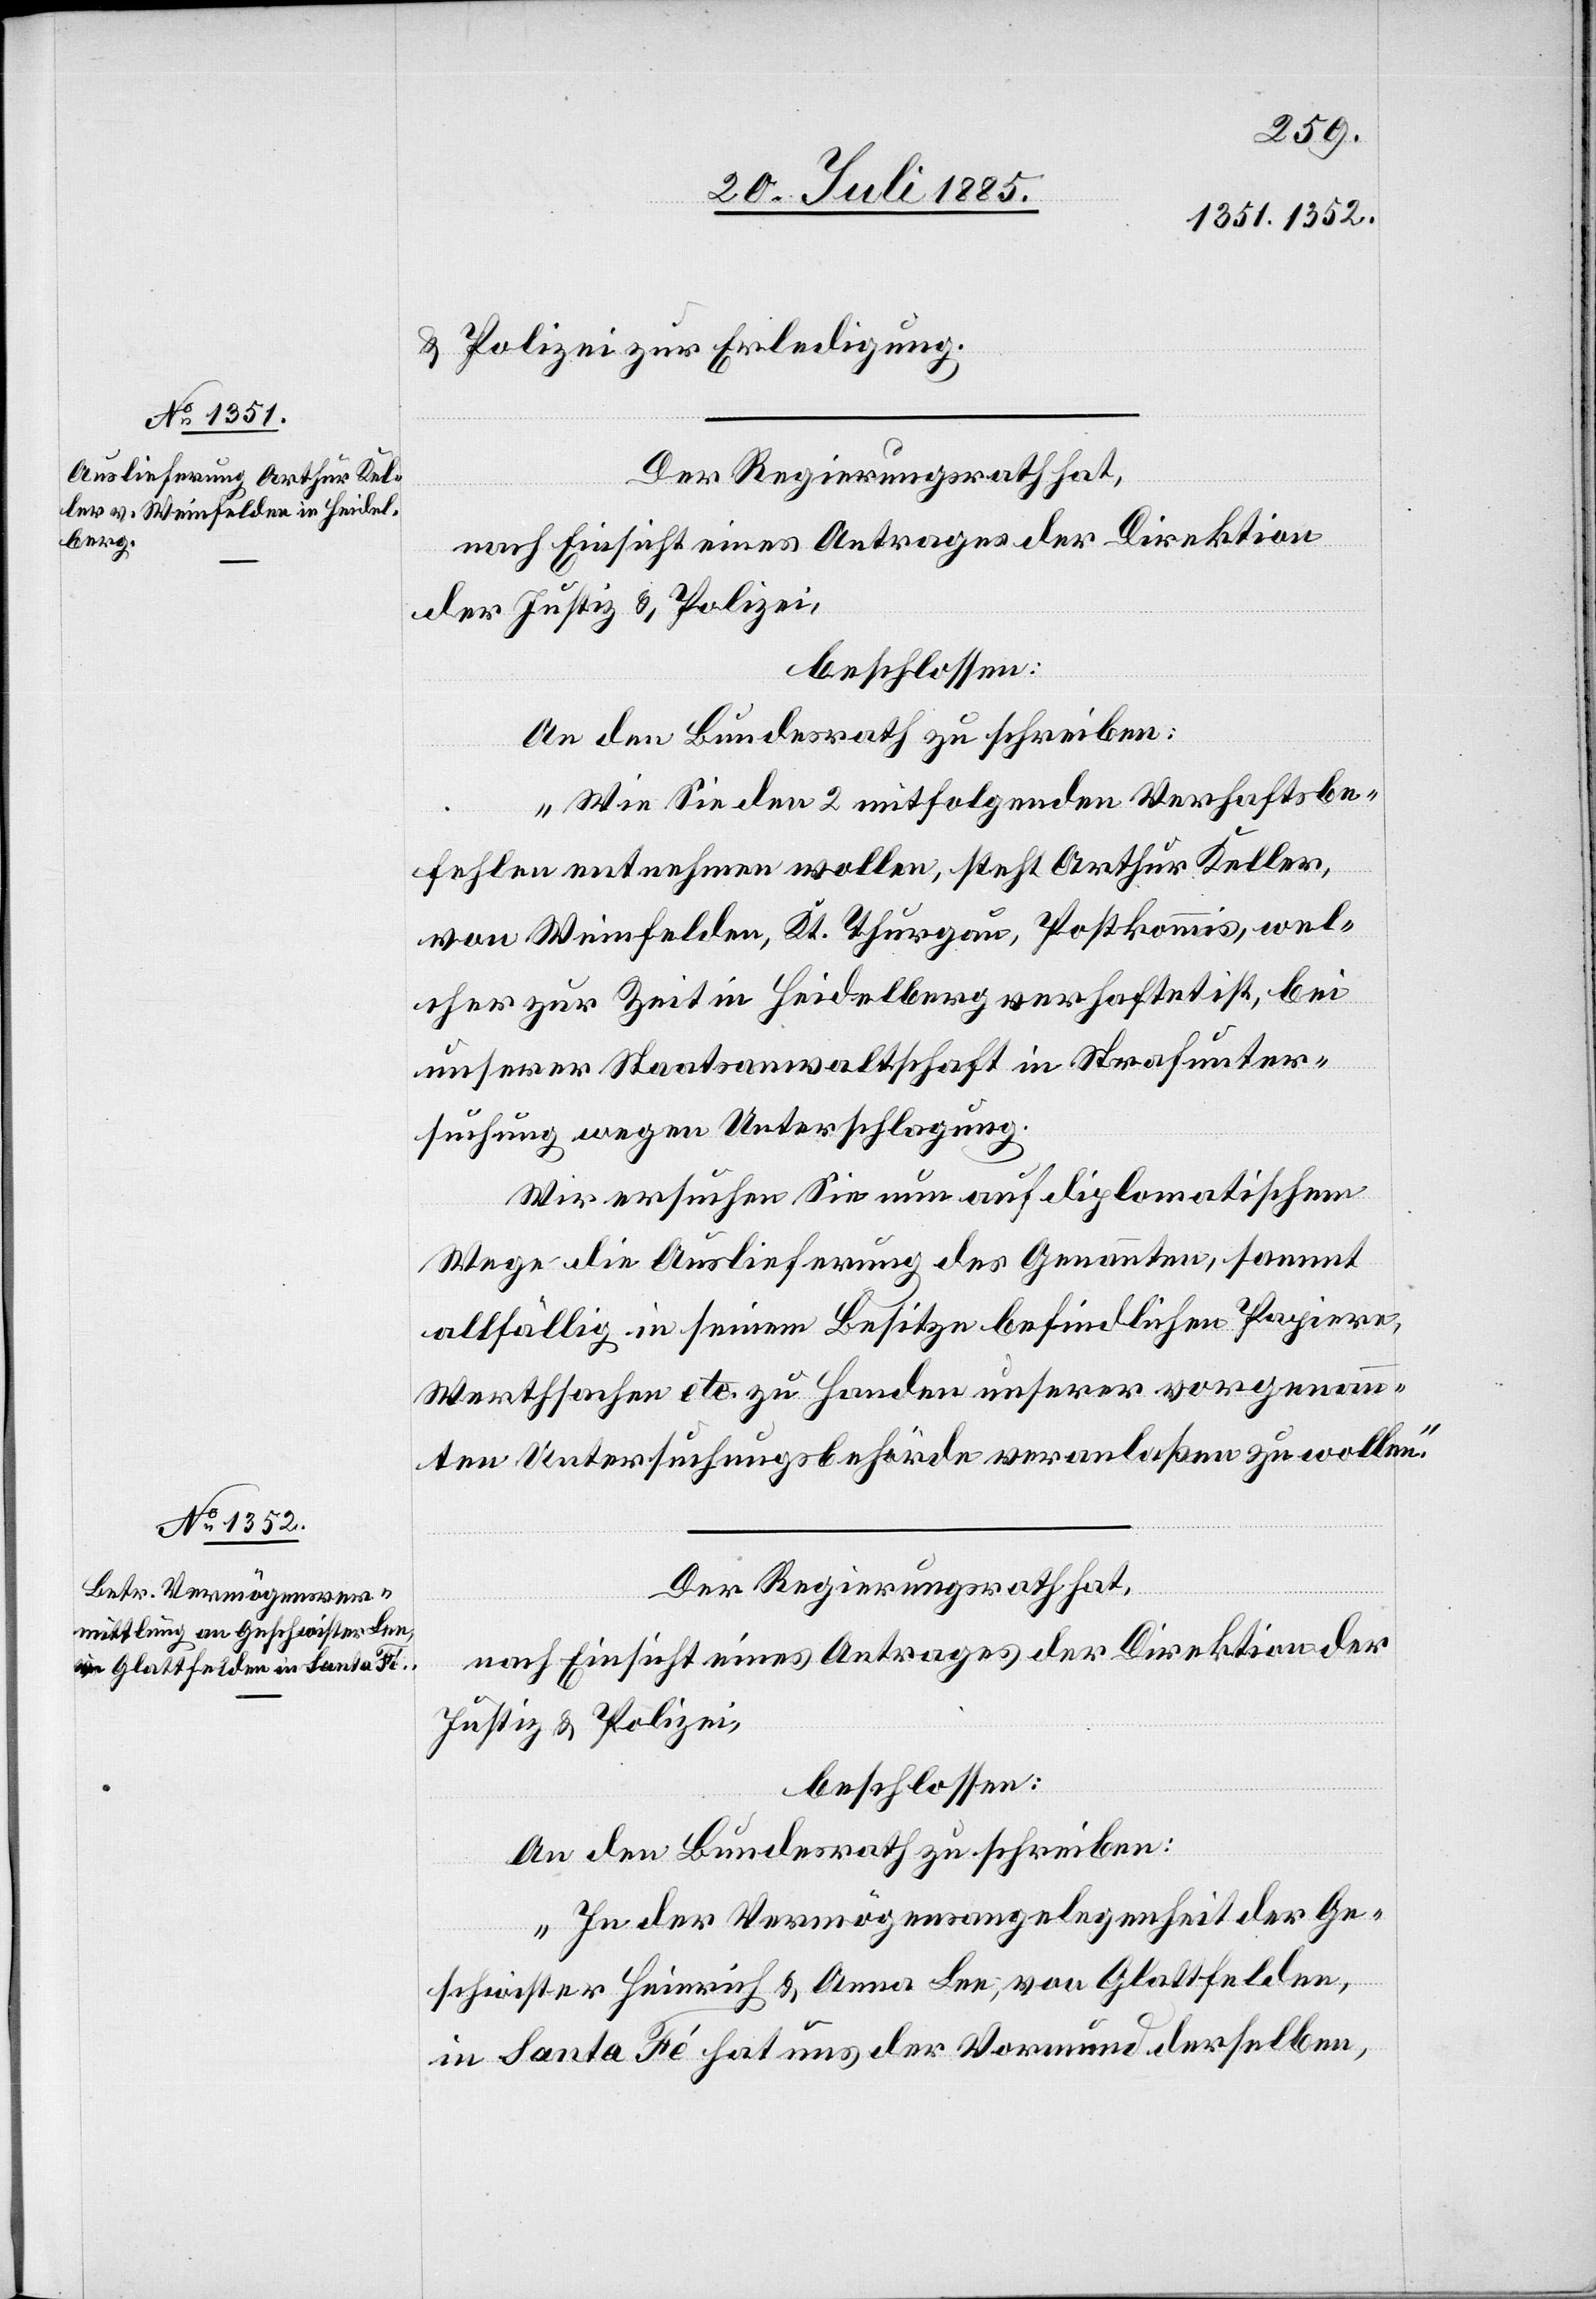
22. Juli 1885.]
& Polizei zur Erledigung.
Der Regierungsrath hat,
nach Einsicht eines Antrages der Direktion
der Justiz & Polizei,
beschlossen:
An den Bundesrath zu schreiben:
„Wie Sie den 2 mitfolgenden Verhaftsbe¬
fehlen entnehmen wollen, steht Arthur Keller,
von Weinfelden, Kt. Thurgau, Postkommis, wel¬
cher zur Zeit in Heidelberg verhaftet ist, bei
unserer Staatsanwaltschaft in Strafunter¬
suchung wegen Unterschlagung.
Wir ersuchen Sie nun auf diplomatischem
Wege die Auslieferung des Genannten, sammt
allfällig in seinem Besitze befindlichen Papiere,
Werthsachen etc. zu Handen unserer vorgenan¬
nten Untersuchungsbehörde veranlaßen zu wollen.“
„In der Vermögensangelegenheit der Ge¬
schwister Heinrich & Anna Lee, von Glattfelden,
in Santa Fé hat uns der Vormund derselben,